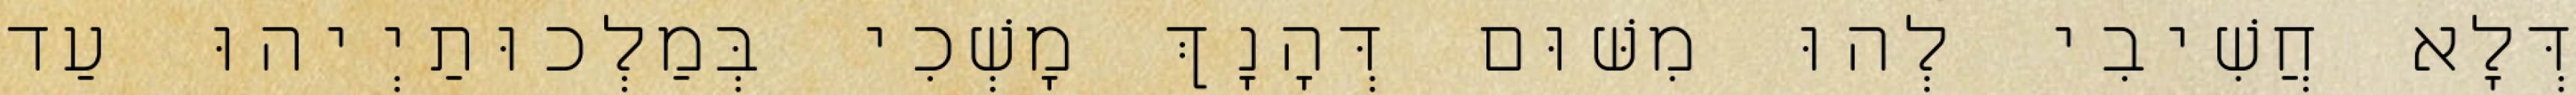
דְּלָא חֲשִׁיבִי לְהוּ מִשּׁוּם דְּהָנָךְ מָשְׁכִי בְּמַלְכוּתַיְיהוּ עַד